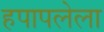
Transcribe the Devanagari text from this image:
हपापलेला